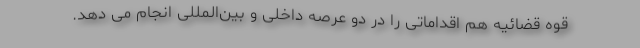
قوه قضائیه هم اقداماتی را در دو عرصه داخلی و بین‌المللی انجام می دهد.